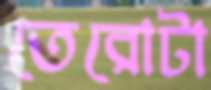
তেরোটা